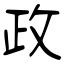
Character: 政